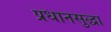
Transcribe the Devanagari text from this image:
प्रधानसुद्धा